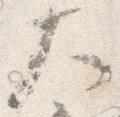
大